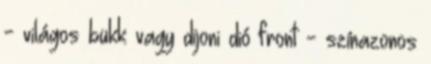
- világos bükk vagy dijoni dió front - színazonos